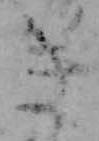
き